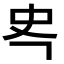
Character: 𭆾